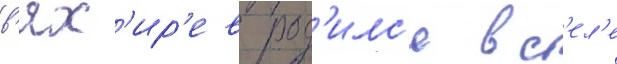
в'ях'ир'ев род'илс'я в с'ел'е